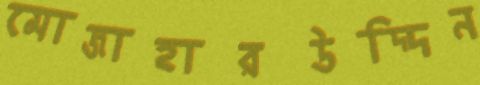
মোজাহারউদ্দিন